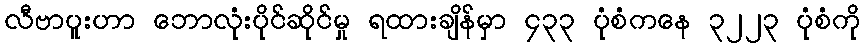
လီဗာပူးဟာ ဘောလုံးပိုင်ဆိုင်မှု ရထားချိန်မှာ ၄၃၃ ပုံစံကနေ ၃၂၂၃ ပုံစံကို